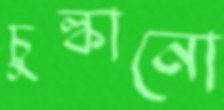
চুল্‌কানো